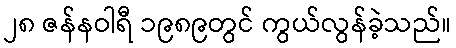
၂၈ ဇန်နဝါရီ ၁၉၈၉တွင် ကွယ်လွန်ခဲ့သည်။